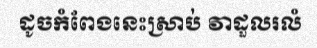
ដូចកំពែងនេះស្រាប់ វាដួលរលំ